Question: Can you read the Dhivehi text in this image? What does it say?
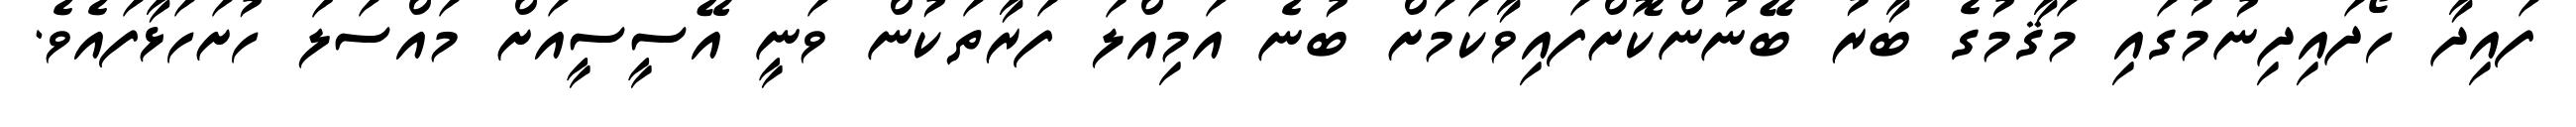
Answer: ފައިދާ ހޯދައިދިނުމުގައި މަޤާމުގެ ބާރު ބޭނުންކޮށްފައިވާކަމަށް ބުނެ އަމިއްލަ ފަރާތަކުން ވަނީ އޭސީސީއަށް މައްސަލަ ހުށަހަޅާފައެވެ.